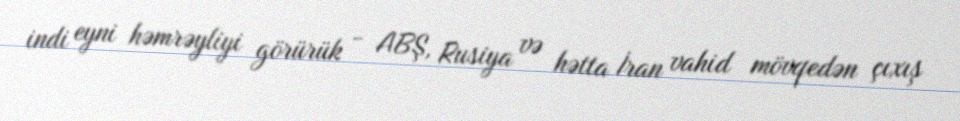
indi eyni həmrəyliyi görürük - ABŞ, Rusiya və hətta İran vahid mövqedən çıxış